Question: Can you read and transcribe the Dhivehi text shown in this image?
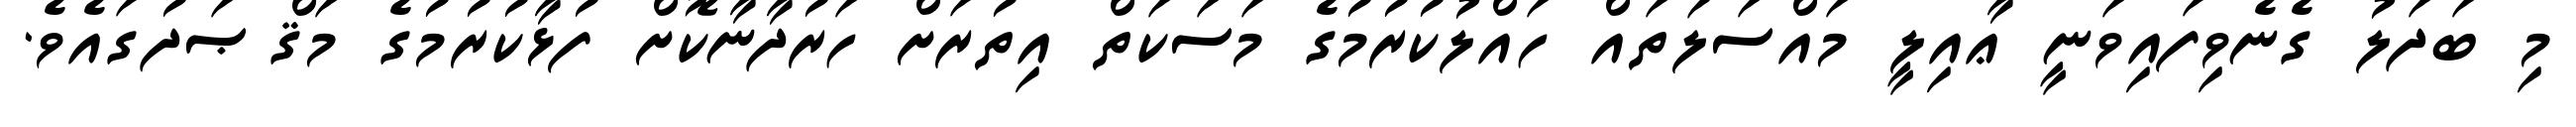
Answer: މި ބަދަލު ގެނެވިފައިވަނީ ޢާއިލީ މައްސަލަތައް ހައްލުކުރުމުގެ މަސަކަތް އިތުރަށް ހަރުދާނާކޮށް ފުޅާކުރުމުގެ މަޤްޞަދުގައެވެ.